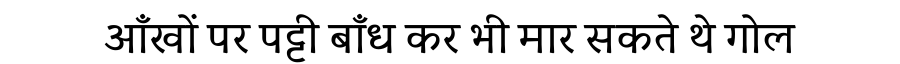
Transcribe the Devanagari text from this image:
आँखों पर पट्टी बाँध कर भी मार सकते थे गोल